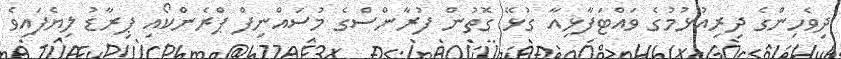
ދިވެހިންގެ ދިރިއުޅުމުގެ ވައްޓަފާޅިއާ ގުޅޭ ގޮތުން ފުރާންސްގެ މުސައްނިފް ޕްރެންކޯއި ޕިރާޑު ލިޔެފައިވެ